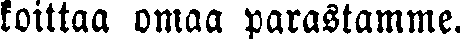
koittaa omaa parastamme.